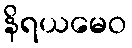
နိရယမေဝ